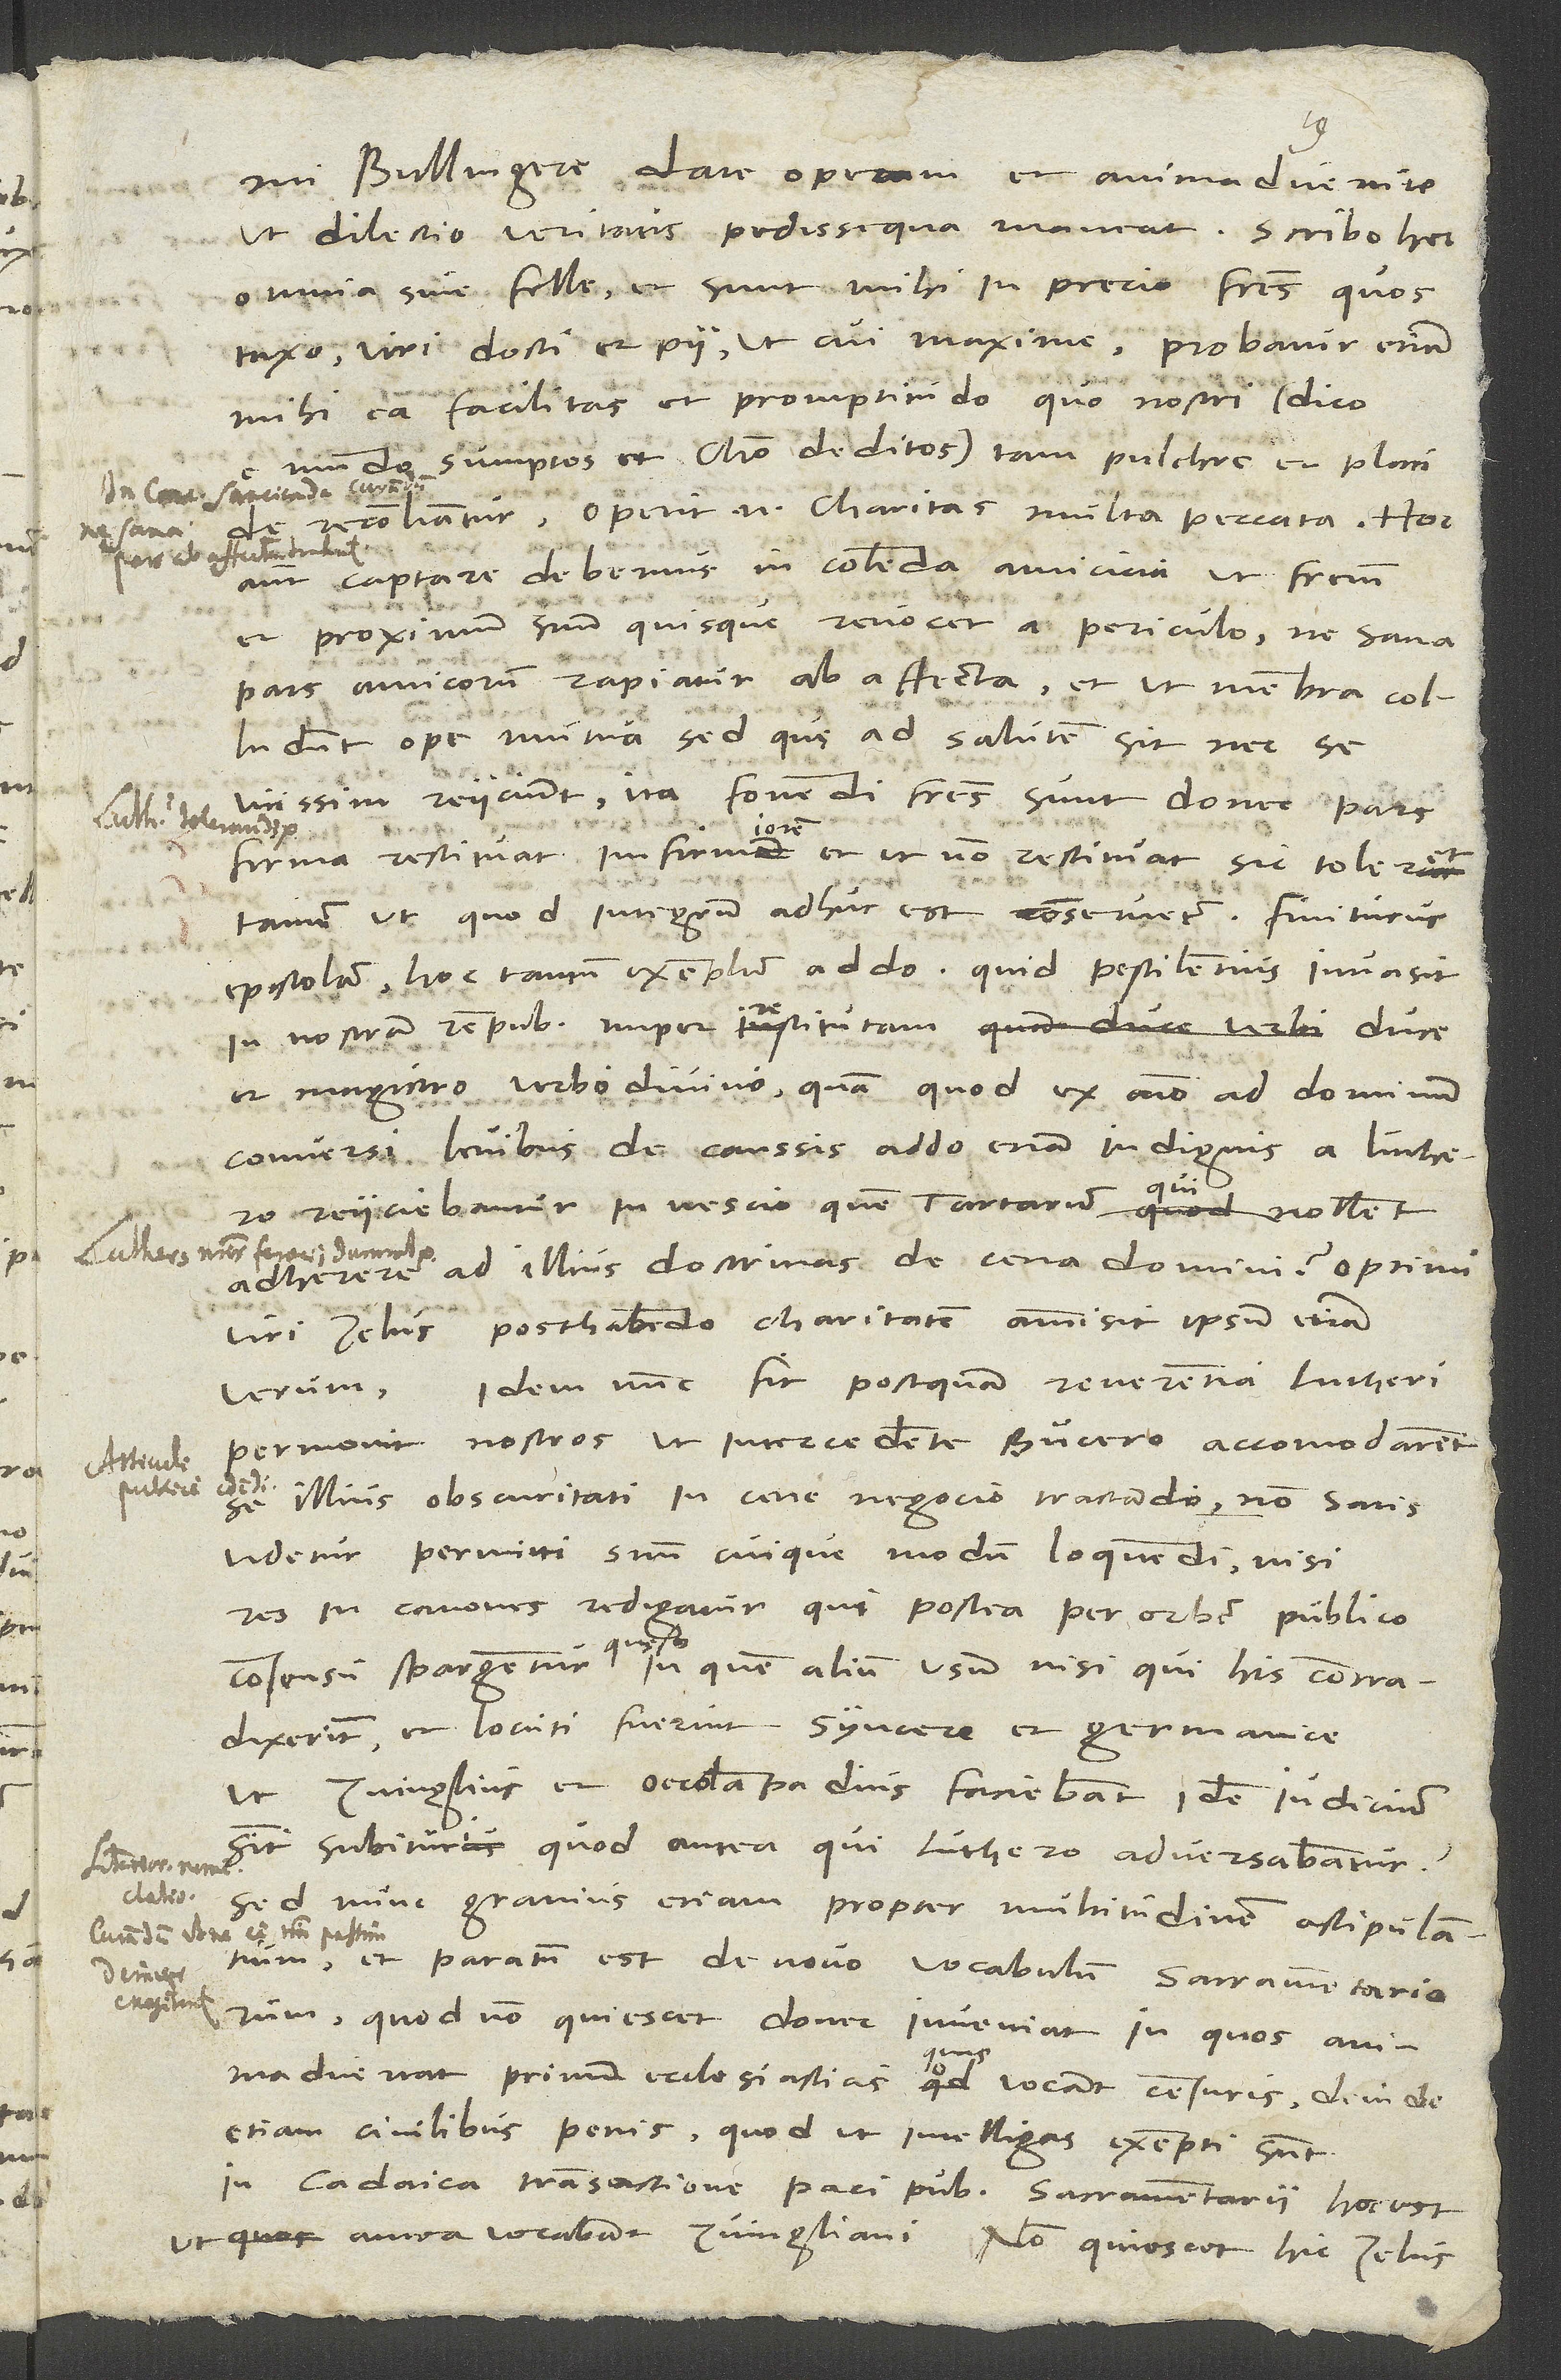
S.
mi Bullingere, date operam et animadvertite,
ut dilectio veritatis pedissequa maneat. Scribo hec
omnia sine felle, et sunt mihi in precio fratres, quos
taxo, viri docti et pii, ut cui maxime. Probatur etiam
mihi ea facilitas et promptitudo, quo nostri (dico
sumptos et Christo deditos) tam pulchre et placide
reconciliantur. Operit enim charitas multa peccata. Hoc
autem captare debemus in colenda amicicia, ut fratrem
et proximum suum quisque revocet a periculo, ne sana
pars amicorum rapiatur ab affecta, et ut membra colludunt
ope mutua, sed quae ad salutem sit, nec se
vicissim reiiciunt. Ita fovendi fratres sunt, donec pars
19.
firma restituat infirmiorem, et ut non restituat, sic toleret
tamen, ut, quod integrum adhuc est, conservetur. Finiturus
epistolam hoc tantum exemplo addo: Quid pestilentius invasit
in nostram rempublicam nuper restitutam duce
et magistro verbo divino, quam quod ex animo ad dominum
conversi levibus de caussis, addo etiam indignis, a Luthero
reiiciebantur in nescio quem Tartarum, qui nollent
adherere ad illius doctrinas de cena domini? Optimi
viri zelus posthabendo charitatem ammisit ipsum etiam
verum. Idem nunc fit: Postquam reverentia Lutheri
permovit nostros, ut intercedente Bucero accomodarent
se illius obscuritati in cene negocio tractando, non satis
videtur permitti suum cuique modum loquendi, nisi
res in canones redigatur, qui postea per orbem publico
consensu spargentur. Queso, in quem alium usum, nisi, qui his contradixerint
et locuti fuerint syncere et Germanice,
ut Zvinglius et Oecolampadius faciebant, idem iudicium
sint subituri, quod antea, qui Luthero adversabantur?
Sed nunc gravius etiam propter multitudinem astipulantium,
et paratum est de novo vocabulum "sacramentariorum",
quod non quiescet, donec inveniat, in quos animadvertat
quis
primum ecclesiasticis quas vocant censuris, deinde
etiam civilibus penis. Quod ut intelligas, exempti sunt
in Cadaica transactione paci publicae sacramentarii, hoc est,
ut antea vocabant, Zvingliani. Non quiescet hic zelus,